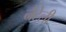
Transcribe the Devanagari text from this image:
नैटेली